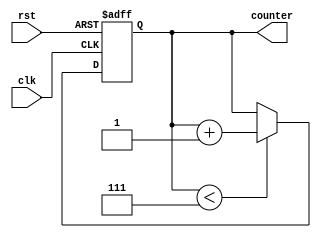
module incremental_for_loop (
    input wire clk,
    input wire rst,
    output reg [3:0] counter
);

parameter START = 0;
parameter END = 7;
parameter STEP = 1;

always @(posedge clk or posedge rst) begin
    if (rst) begin
        counter <= START;
    end else if (counter < END) begin
        counter <= counter + STEP;
    end
end

endmodule